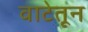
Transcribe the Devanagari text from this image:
वाटेतून